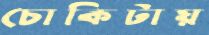
চোকিটায়